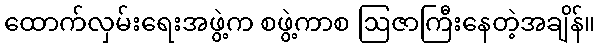
ထောက်လှမ်းရေးအဖွဲ့က စဖွဲ့ကာစ ဩဇာကြီးနေတဲ့အချိန်။